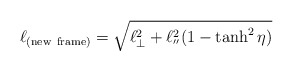
\begin{align*}\ell_{(\rm new \ frame)}=\sqrt{\ell^2_\bot+\ell^2_{''}(1-\tanh^2\eta) }\end{align*}